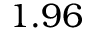
1 . 9 6